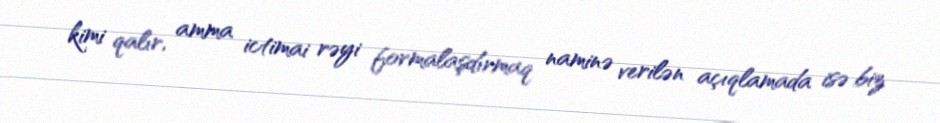
kimi qalır, amma ictimai rəyi formalaşdırmaq naminə verilən açıqlamada isə biz